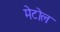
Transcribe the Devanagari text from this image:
मेटोल